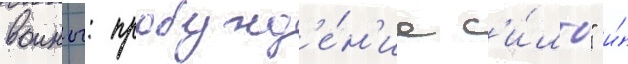
воины: пробужд'е́н'ие с'и́лы" и́